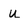
Character: u